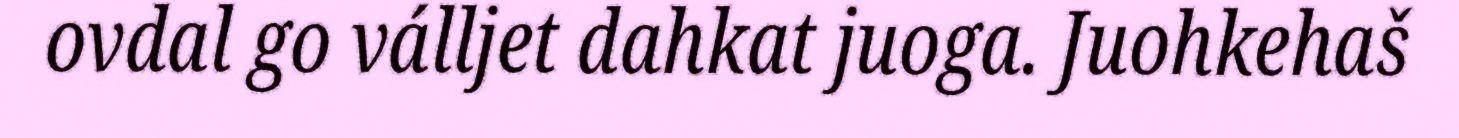
ovdal go válljet dahkat juoga. Juohkehaš